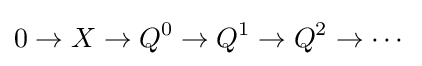
0\to X\to Q^{0}\to Q^{1}\to Q^{2}\to \cdots